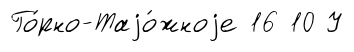
Го́рно-Таjо́жноjе 16 10 У